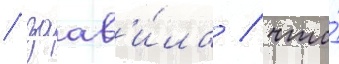
/ заав'и́ла / что́